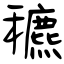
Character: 穮